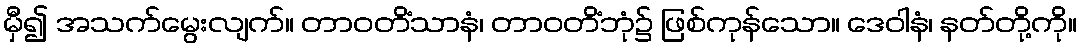
မှီ၍ အသက်မွေးလျက်။ တာဝတိံသာနံ၊ တာဝတိံဘုံ၌ ဖြစ်ကုန်သော။ ဒေဝါနံ၊ နတ်တို့ကို။